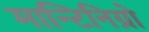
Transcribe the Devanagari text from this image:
मान्टिनिग्रो